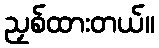
ညှစ်ထားတယ်။